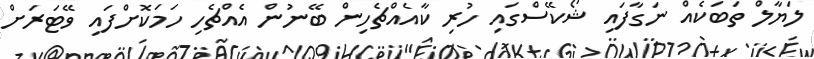
ލަޔާލް ތަބަކެއް ނަގާފައި ޝޯކޭސްގައި ހުރި ކާއެއްޗެހިން ބޭނުން އެއްޗެހި ހަމަކޮށްފައި ވޭޓަރަށް